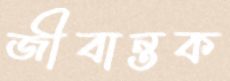
জীবান্তক